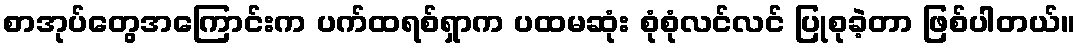
စာအုပ်တွေအကြောင်းက ပက်ထရစ်ရှာက ပထမဆုံး စုံစုံလင်လင် ပြုစုခဲ့တာ ဖြစ်ပါတယ်။